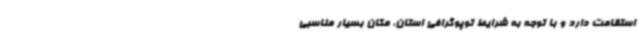
‌استقامت دارد و با توجه به شرایط توپوگرافی استان، مکان بسیار مناسبی